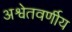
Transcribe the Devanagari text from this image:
अश्वेतवर्णीय